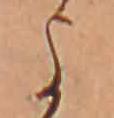
よ